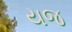
યજ